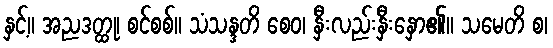
နှင့်။ အညဒတ္ထု၊ စင်စစ်။ သံသန္ဒတိ စေဝ၊ နှီးလည်းနှီးနှော၏။ သမေတိ စ၊